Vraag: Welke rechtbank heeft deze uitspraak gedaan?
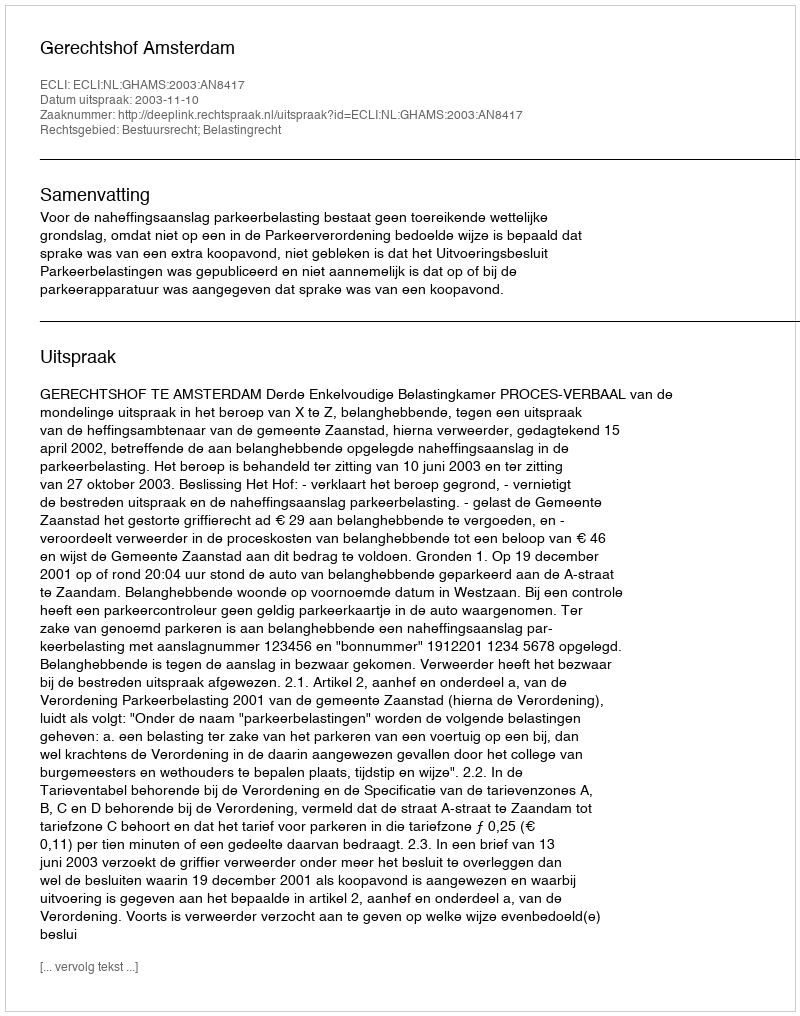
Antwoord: Gerechtshof Amsterdam